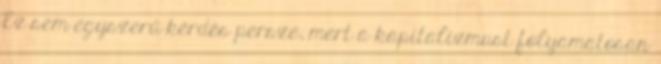
Ez sem egyszerű kérdés persze, mert a kapitalizmust folyamatosan